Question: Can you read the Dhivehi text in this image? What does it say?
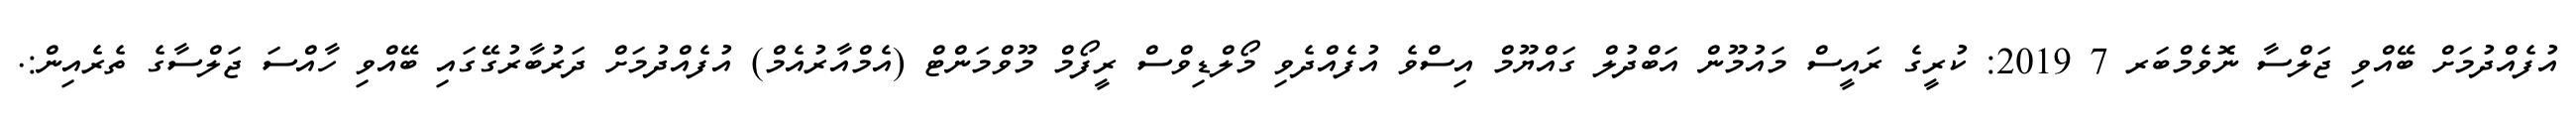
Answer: އުފެއްދުމަށް ބޭއްވި ޖަލްސާ ނޮވެމްބަރ 7 2019: ކުރީގެ ރައީސް މައުމޫން އަބްދުލް ގައްޔޫމް އިސްވެ އުފެއްދެވި މޯލްޑިވްސް ރީފޯމް މޫވްމަންޓް (އެމްއާރުއެމް) އުފެއްދުމަށް ދަރުބާރުގޭގައި ބޭއްވި ހާއްސަ ޖަލްސާގެ ތެރެއިން:.